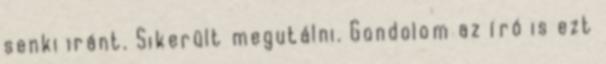
senki iránt. Sikerült megutálni. Gondolom az író is ezt